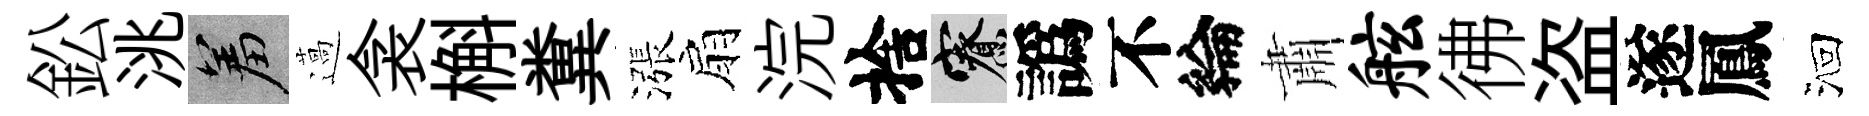
鈆洮羞薖衾槲糞漲扇浣捨寮譌不綸肅舷彿盗遂鳳洄